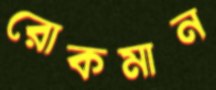
রোকমান